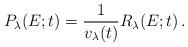
LaTeX: \begin{align*}P_{\lambda}(E;t)= \frac{1} {v_{\lambda}(t)} R_{\lambda}(E;t)\,.\end{align*}